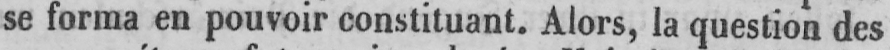
se forma en pouvoir constituant. Alors, la question des